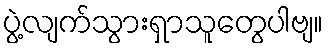
ပွဲ့လျက်သွားရှာသူတွေပါဗျ။